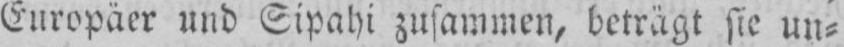
Europäer und Sipahi zusammen, beträgt sie un⸗